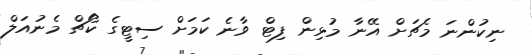
ނިކުންނަ މެޗަށް އޭނާ މުޅިން ފިޓް ވާނެ ކަމަށް ސިޓީގެ ކޯޗް މެނުއަލް